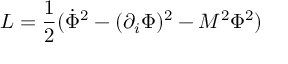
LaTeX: { \cal L } = \frac { 1 } { 2 } ( \dot { \Phi } ^ { 2 } - ( \partial _ { i } \Phi ) ^ { 2 } - M ^ { 2 } \Phi ^ { 2 } )